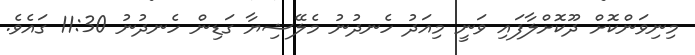
މިނިވަންކޮށް ދޫކޮށްލާފައި ވަނީ މިއަދު ހެނދުނު މެލޭޝިޔާ ގަޑިން ހެނދުނު 11:30 ގައެވެ.